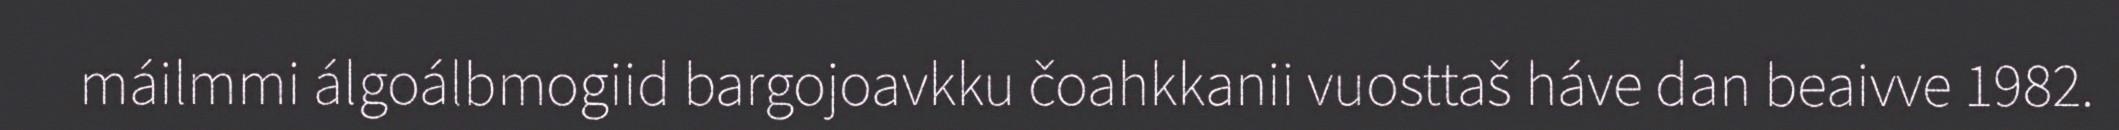
máilmmi álgoálbmogiid bargojoavkku čoahkkanii vuosttaš háve dan beaivve 1982.